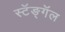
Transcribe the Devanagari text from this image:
स्टॅङ्गॅल